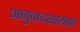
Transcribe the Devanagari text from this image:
अनुवादशास्त्रात